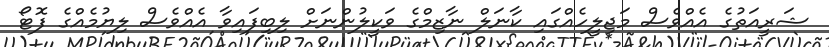
ޝަރީއަތުގެ އެއްވެސް މަޖިލީހެއްގައި ކާނަލް ނާޒިމްގެ ވަކީލުންނަށް ލިބިފައިވާ އެއްވެސް ލިޔުމެއްގެ ފޮޓޯ